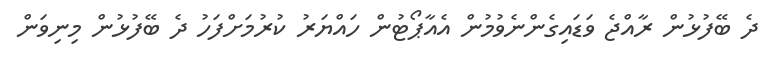
ދެ ބޭފުޅުން ރާއްޖެ ވަޑައިގެންނެވުމުން އެއާޕޯޓުން ހައްޔަރު ކުރުމަށްފަހު ދެ ބޭފުޅުން މިނިވަން